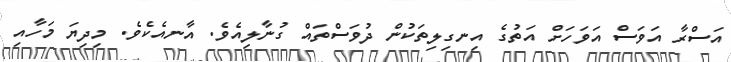
އަސްރާ އަވަސް އަވަހަށް އަތުގެ އިނގިލިތަކުން ދުވަސްތައް ގުނާލިއެވެ. އާނއެކެވެ. މިދިޔަ މަހާއި